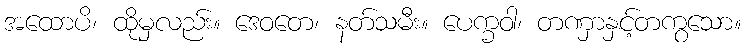
အထောပိ၊ ထိုမှလည်း။ ဒေဝတေ၊ နတ်သမီး။ ပေက္ခဝါ၊ တဏှာနှင့်တကွသော။